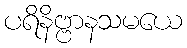
ပရိနိဗ္ဗာနသမယေ